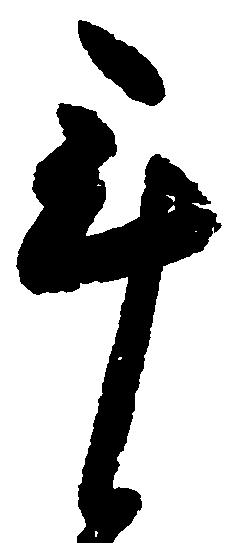
年